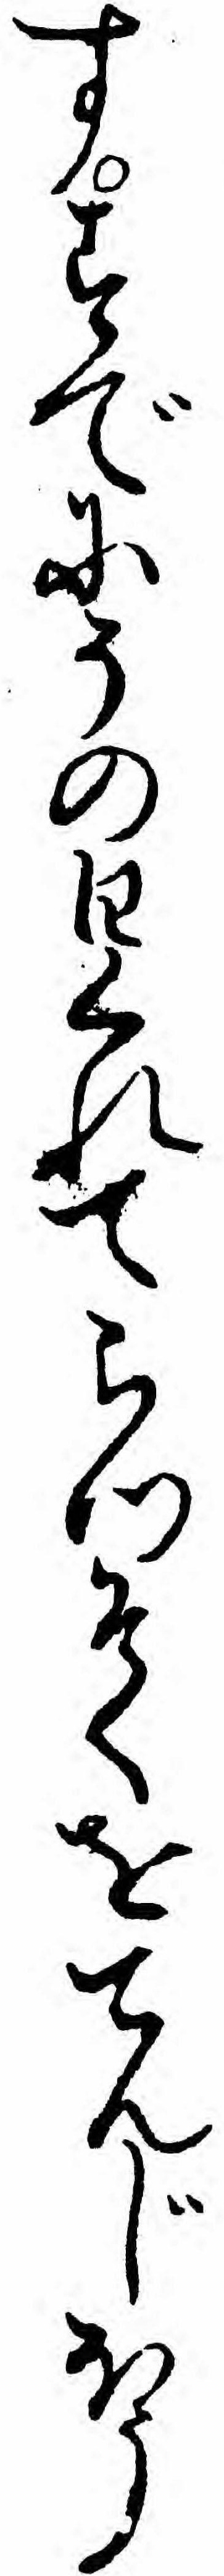
すすでにその日くれてらつそくをてんじほう